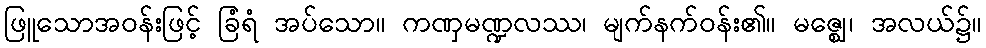
ဖြူသောအဝန်းဖြင့် ခြံရံ အပ်သော။ ကဏှမဏ္ဍလဿ၊ မျက်နက်ဝန်း၏။ မဇ္ဈေ၊ အလယ်၌။